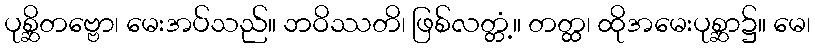
ပုစ္ဆိတဗ္ဗော၊ မေးအပ်သည်။ ဘဝိဿတိ၊ ဖြစ်လတ္တံ့။ တတ္ထ၊ ထိုအမေးပုစ္ဆာ၌။ မေ၊